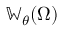
\mathbb { W } _ { \theta } ( \Omega )